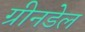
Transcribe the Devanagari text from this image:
ग्रीनडेल